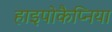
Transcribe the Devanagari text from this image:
हाइपोकैप्निया